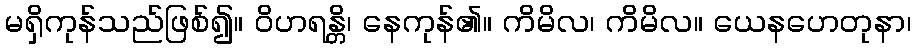
မရှိကုန်သည်ဖြစ်၍။ ဝိဟရန္တိ၊ နေကုန်၏။ ကိမိလ၊ ကိမိလ။ ယေနဟေတုနာ၊